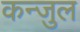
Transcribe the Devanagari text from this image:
कन्जुल